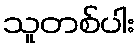
သူတစ်ပါး